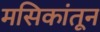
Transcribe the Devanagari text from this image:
मसिकांतून